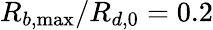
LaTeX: R_{b,\operatorname*{max}}/R_{d,0}=0.2